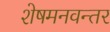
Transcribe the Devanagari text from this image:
शेषमनवन्तर